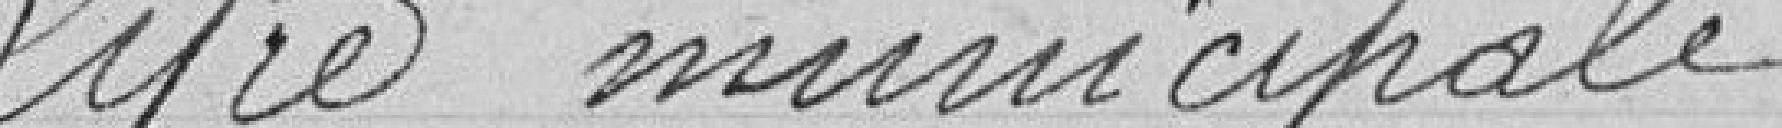
Lyre municipale